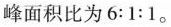
峰面积比为6:1:1。